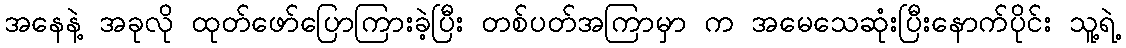
အနေနဲ့ အခုလို ထုတ်ဖော်ပြောကြားခဲ့ပြီး တစ်ပတ်အကြာမှာ က အမေသေဆုံးပြီးနောက်ပိုင်း သူ့ရဲ့